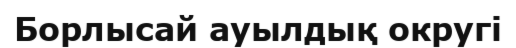
Борлысай ауылдық округі